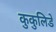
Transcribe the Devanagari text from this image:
कुकुलिडे